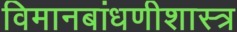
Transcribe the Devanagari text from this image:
विमानबांधणीशास्त्र